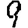
Digit: 9